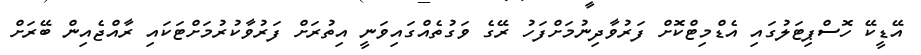
އޭޑީކޭ ހޮސްޕިޓަލުގައި އެޑްމިޓްކޮށް ފަރުވާދިނުމަށްފަހު ރޭގެ ވަގުތެއްގައިވަނީ އިތުރަށް ފަރުވާކުރުމަށްޓަކައި ރާއްޖެއިން ބޭރަށް